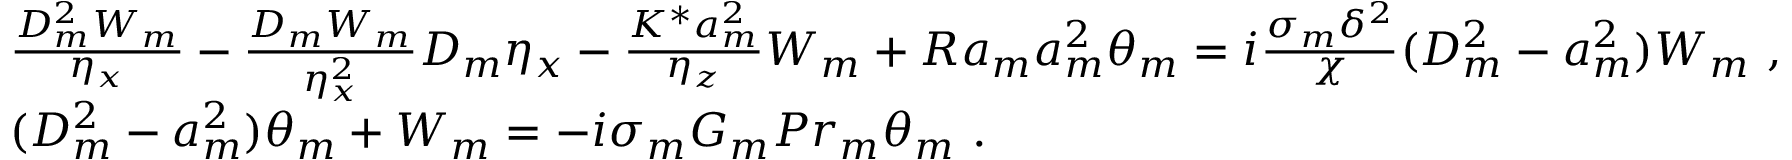
\begin{array} { r l } & { \frac { D _ { m } ^ { 2 } W _ { m } } { \eta _ { x } } - \frac { D _ { m } W _ { m } } { \eta _ { x } ^ { 2 } } D _ { m } \eta _ { x } - \frac { K ^ { * } a _ { m } ^ { 2 } } { \eta _ { z } } W _ { m } + R a _ { m } a _ { m } ^ { 2 } \theta _ { m } = i \frac { \sigma _ { m } \delta ^ { 2 } } { \chi } ( D _ { m } ^ { 2 } - a _ { m } ^ { 2 } ) W _ { m } ~ , } \\ & { ( D _ { m } ^ { 2 } - a _ { m } ^ { 2 } ) \theta _ { m } + W _ { m } = - i \sigma _ { m } G _ { m } P r _ { m } \theta _ { m } ~ . } \end{array}